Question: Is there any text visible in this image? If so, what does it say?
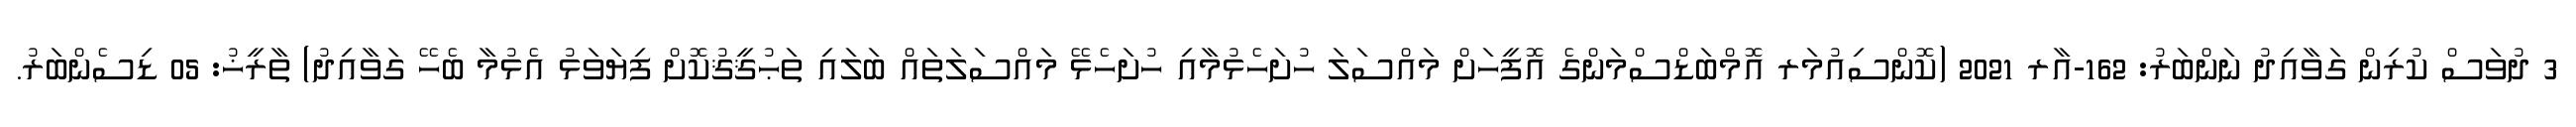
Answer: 3 ދުވަސް ކުރިން ގަވާއިދު ނަންބަރު: 162-އާރ 2021 (ކޮންސިއުމަރ އޮމްބަޑްސްމަންގެ އޮފީހަށް މައްސަލަ ހުށަހެޅުމާއި ހުށަހެޅޭ މައްސަލަތައް ބަލައި ތަޙުޤީޤުކޮށް ފިޔަވަޅު އެޅުމާ ބެހޭ ގަވާއިދު) ތާރީޚު: 05 ޑިސެންބަރު.